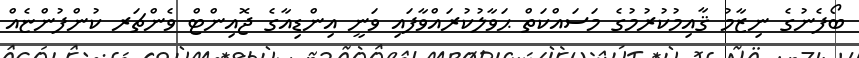
ބޯފެނުގެ ނިޒާމު ޤާއިމުކުރުމުގެ މަސައްކަތް ޙަވާލުކުރައްވާފައި ވަނީ އިންޑިއާގެ ޖޮއިންޓް ވެންޗަރ ކުންފުންޏެއް